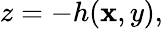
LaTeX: z=-h(\mathbf{x},y),